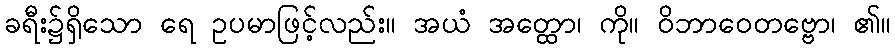
ခရီး၌ရှိသော ရေ ဥပမာဖြင့်လည်း။ အယံ အတ္ထော၊ ကို။ ဝိဘာဝေတဗ္ဗော၊ ၏။